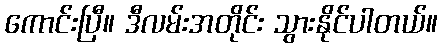
ကောင်းပြီ။ ဒီလမ်းအတိုင်း သွားနိုင်ပါတယ်။